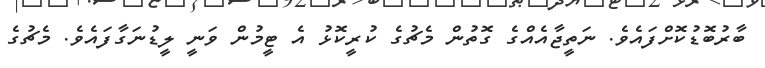
ބާރުބޮޑުކޮށްފައެވެ. ނަތީޖާއެއްގެ ގޮތުން މެޗުގެ ކުރީކޮޅު އެ ޓީމުން ވަނީ ލީޑުނަގާފައެވެ. މެޗުގެ